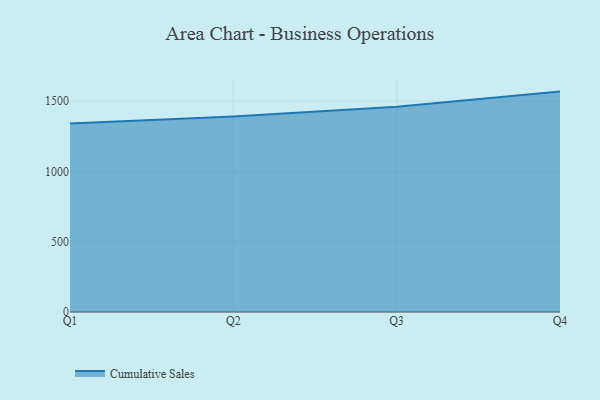
{"axis": {"x": "Quarter", "y": "Backlog"}, "legend": ["Cumulative Sales"], "data": [{"x": "Q1", "y": 1340.8, "type": "Cumulative Sales"}, {"x": "Q2", "y": 1390.8, "type": "Cumulative Sales"}, {"x": "Q3", "y": 1460.4, "type": "Cumulative Sales"}, {"x": "Q4", "y": 1568.1, "type": "Cumulative Sales"}]}